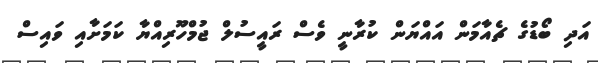
އަދި ބޯޑުގެ ޗެއާމަން އައްޔަން ކުރާނީ ވެސް ރައީސުލް ޖުމްހޫރިއްޔާ ކަމަށާއި ވައިސް